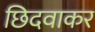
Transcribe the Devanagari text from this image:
छिदवाकर